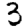
Digit: 3